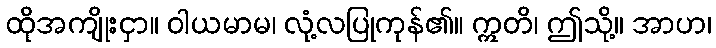
ထိုအကျိုးငှာ။ ဝါယမာမ၊ လုံ့လပြုကုန်၏။ ဣတိ၊ ဤသို့။ အာဟ၊